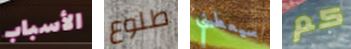
الأسباب طلوع سيعطيني كم